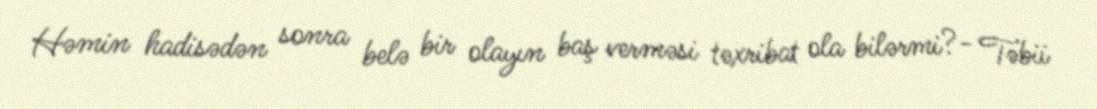
Həmin hadisədən sonra belə bir olayın baş verməsi təxribat ola bilərmi?- Təbii